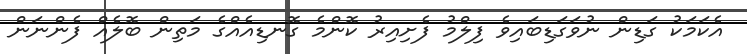
އެކަމަކު ގަޑިން ނުވަގަޑިބައިވެ ފިލްމު ފެށިއިރު ކޮންމެ ގޮނޑިއެއްގެ މަތިން ބޮލެއް ފެންނަން